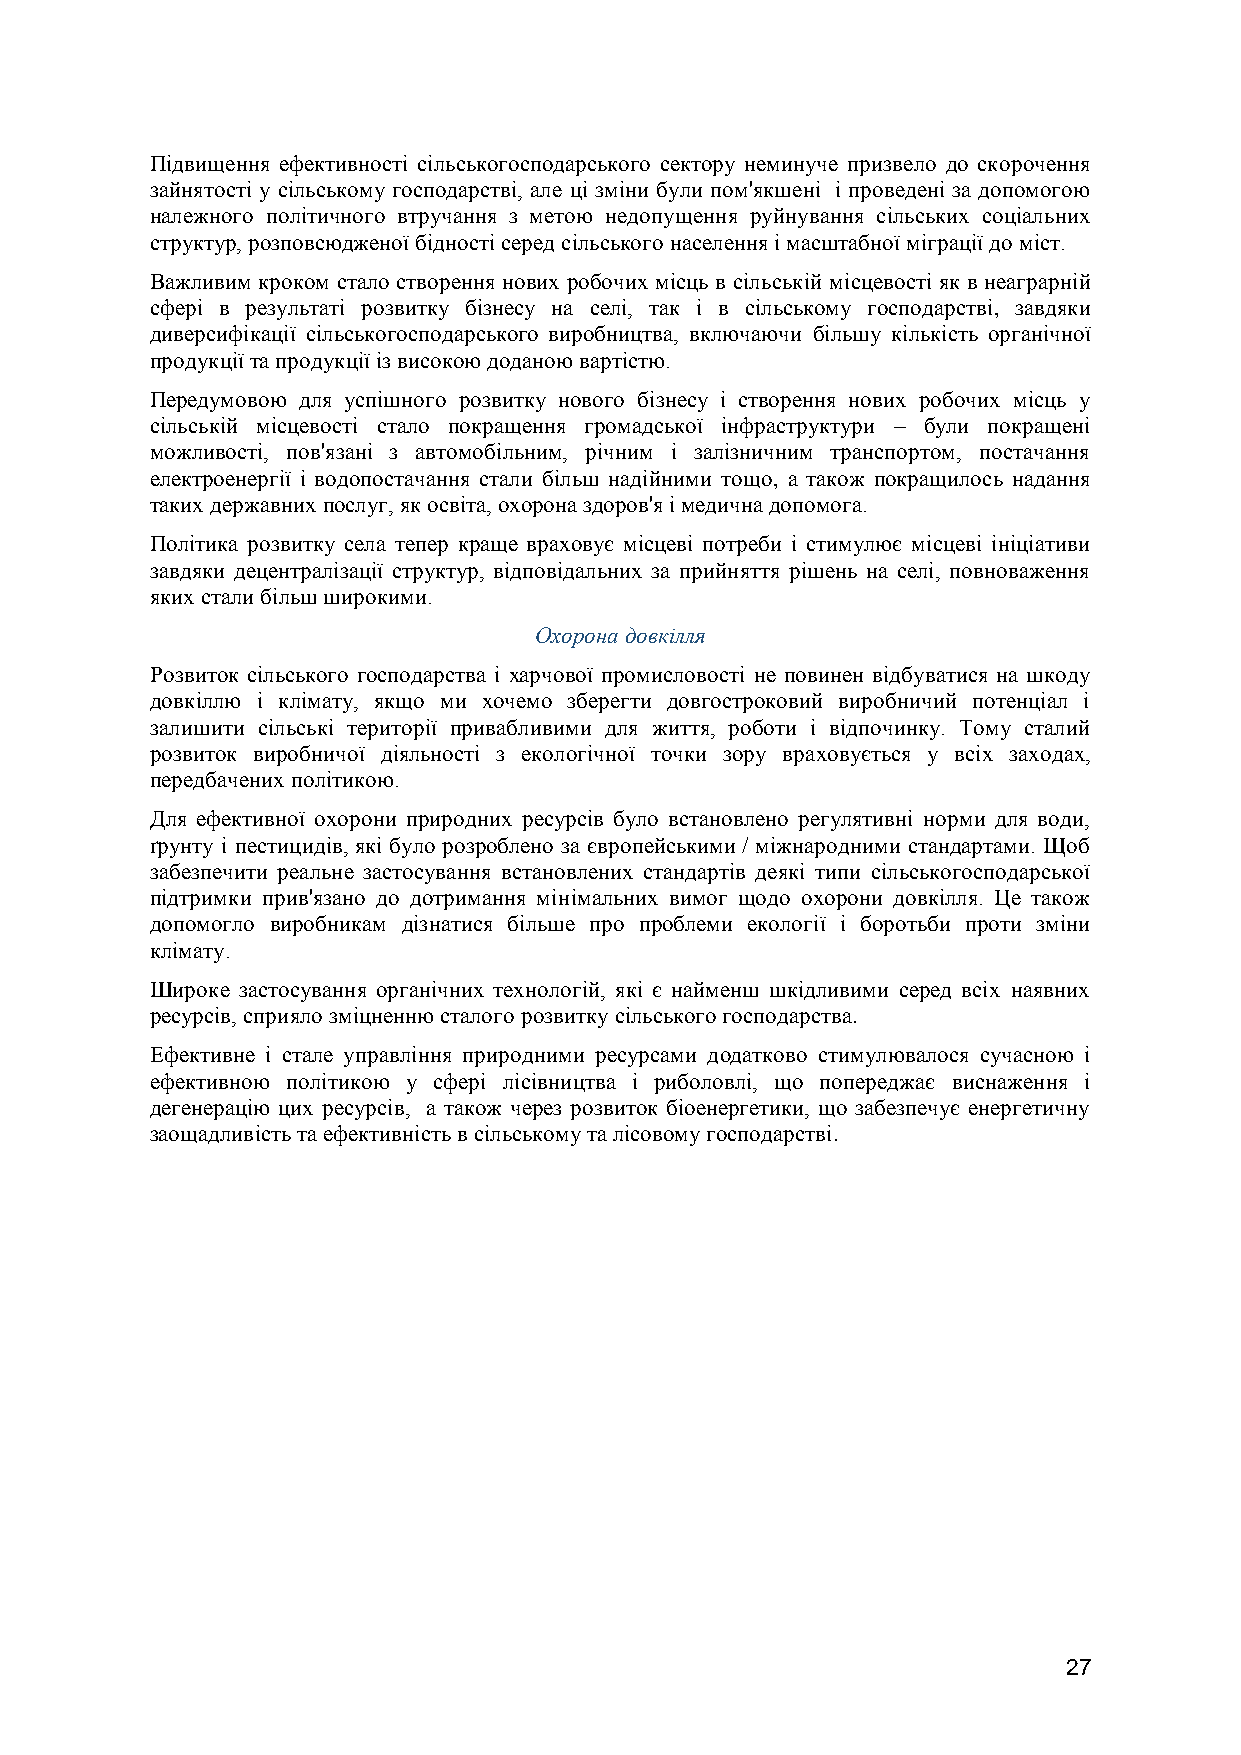
Підвищення ефективності сільськогосподарського сектору неминуче призвело до скорочення
 зайнятості у сільському господарстві, але ці зміни були пом'якшені і проведені за допомогою
 належного політичного втручання з метою недопущення руйнування сільських соціальних
 структур, розповсюдженої бідності серед сільського населення і масштабної міграції до міст.
 Важливим кроком стало створення нових робочих місць в сільській місцевості як в неаграрній
 сфері в результаті розвитку бізнесу на селі, так і в сільському господарстві, завдяки
 диверсифікації сільськогосподарського виробництва, включаючи більшу кількість органічної
 продукції та продукції із високою доданою вартістю.
 Передумовою для успішного розвитку нового бізнесу і створення нових робочих місць у
 сільській місцевості стало покращення громадської інфраструктури – були покращені
 можливості, пов'язані з автомобільним, річним і залізничним транспортом, постачання
 електроенергії і водопостачання стали більш надійними тощо, а також покращилось надання
 таких державних послуг, як освіта, охорона здоров'я і медична допомога.
 Політика розвитку села тепер краще враховує місцеві потреби і стимулює місцеві ініціативи
 завдяки децентралізації структур, відповідальних за прийняття рішень на селі, повноваження
 яких стали більш широкими.
 Охорона довкілля
 Розвиток сільського господарства і харчової промисловості не повинен відбуватися на шкоду
 довкіллю і клімату, якщо ми хочемо зберегти довгостроковий виробничий потенціал і
 залишити сільські території привабливими для життя, роботи і відпочинку. Тому сталий
 розвиток виробничої діяльності з екологічної точки зору враховується у всіх заходах,
 передбачених політикою.
 Для ефективної охорони природних ресурсів було встановлено регулятивні норми для води,
 ґрунту і пестицидів, які було розроблено за європейськими / міжнародними стандартами. Щоб
 забезпечити реальне застосування встановлених стандартів деякі типи сільськогосподарської
 підтримки прив'язано до дотримання мінімальних вимог щодо охорони довкілля. Це також
 допомогло виробникам дізнатися більше про проблеми екології і боротьби проти зміни
 клімату.
 Широке застосування органічних технологій, які є найменш шкідливими серед всіх наявних
 ресурсів, сприяло зміцненню сталого розвитку сільського господарства.
 Ефективне і стале управління природними ресурсами додатково стимулювалося сучасною і
 ефективною політикою у сфері лісівництва і риболовлі, що попереджає виснаження і
 дегенерацію цих ресурсів, а також через розвиток біоенергетики, що забезпечує енергетичну
 заощадливість та ефективність в сільському та лісовому господарстві.
 27